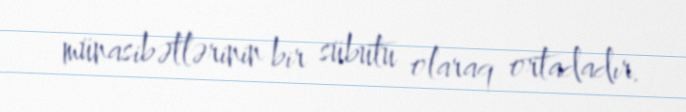
münasibətlərinin bir sübutu olaraq ortadadır.